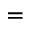
=